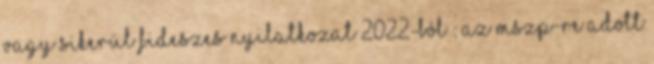
vagy sikerül Fideszes nyilatkozat 2022-ból : Az MSZP-re adott